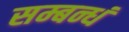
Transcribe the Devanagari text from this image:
सम्बन्धं